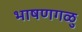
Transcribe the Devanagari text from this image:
भाषणगळु